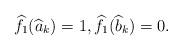
LaTeX: \begin{align*}\widehat{f}_1(\widehat{a}_k)=1,\widehat{f}_1(\widehat{b}_k)=0. \end{align*}